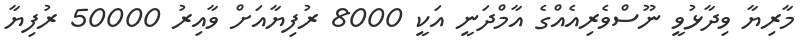
މާރިޔާ ވިދާޅުވީ ނޫސްވެރިއެއްގެ އާމްދަނީ އަކީ 8000 ރުފިޔާއަށް ވާއިރު 50000 ރުފިޔާ